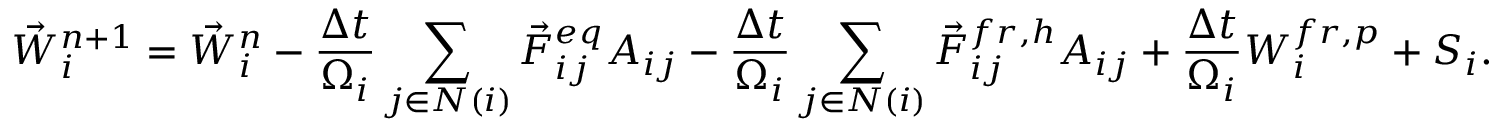
{ \vec { W } } _ { i } ^ { n + 1 } = { \vec { W } } _ { i } ^ { n } - \frac { \Delta t } { \Omega _ { i } } \sum _ { j \in N ( i ) } { \vec { F } } _ { i j } ^ { e q } { \cal A } _ { i j } - \frac { \Delta t } { \Omega _ { i } } \sum _ { j \in N ( i ) } { \vec { F } } _ { i j } ^ { f r , h } { \cal A } _ { i j } + \frac { \Delta t } { \Omega _ { i } } \boldsymbol { W } _ { i } ^ { f r , p } + \boldsymbol { S } _ { i } .